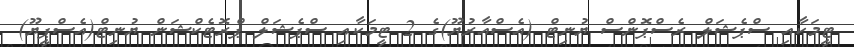
ޓީމަކާއި ސްޕެޝަލް ރެސްޕޮންސް ޔުނިޓް (އެސްއާރުޔޫ)ގެ 2 ޓީމަކާއި ސްޕެޝަލް ޕްރޮޓެކްޝަން ޔުނިޓް(އެސްޕީޔޫ)